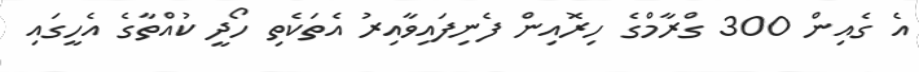
އެ ގެއިން 300 ގްރާމްގެ ހިރޮއިން ފެނިފައިވާއިރު އެތަކެތި ހޯދީ ކުއްތާގެ އެހީގައި